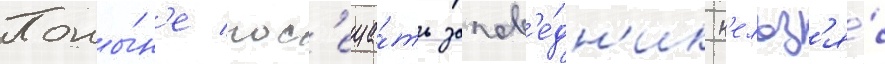
Поны́н'е пос'еща́ть запов'е́дн'ик н'ельз'я́